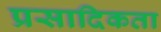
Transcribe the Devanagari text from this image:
प्रसादिकता